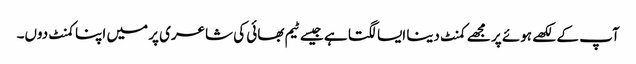
آپ کے لکھے ہوئے پر مجھے کمنٹ دینا ایسا لگتا ہے جیسے ٹیم بھائی کی شاعری پر میں اپنا کمنٹ دوں۔